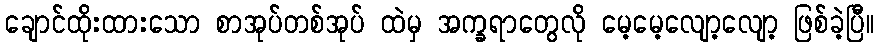
ချောင်ထိုးထားသော စာအုပ်တစ်အုပ် ထဲမှ အက္ခရာတွေလို မေ့မေ့လျော့လျော့ ဖြစ်ခဲ့ပြီ။